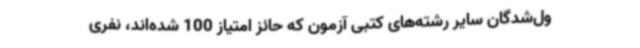
ول‌شدگان سایر رشته‌های کتبی آزمون که حائز امتیاز 100 شده‌اند، نفری